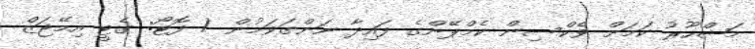
މަޝްހޫރު ކަމަށް ވެކްސިން ކެމްޕޭންގެ ފައިދާ ނަންގަވަމުން / ފޮޓޯ: ގެޓީ އިމޭޖަޒް